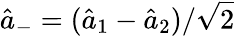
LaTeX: \hat{a}_{-}=(\hat{a}_{1}-\hat{a}_{2})/\sqrt{2}